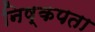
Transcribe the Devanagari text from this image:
निष्कपता